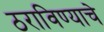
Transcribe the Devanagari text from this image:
ठराविण्याचे